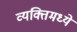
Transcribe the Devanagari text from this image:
व्यक्तिमध्ये